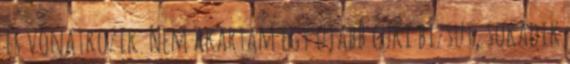
is vonatkozik. Nem akartam egy újabb cuki bizsut, sokadik